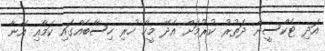
އަދި ޓެކްސީން ދަތުރު ކުރުމަށް އެދޭ މީހާ ހުރި ހިސާބެއްގައި ކަމާއި އޭނާ